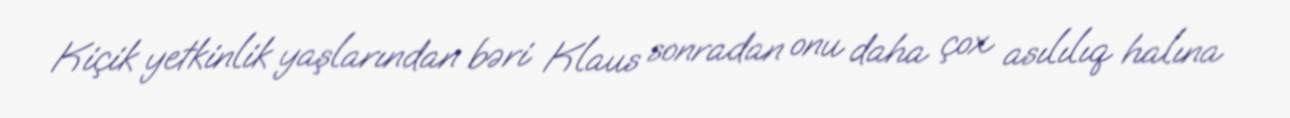
Kiçik yetkinlik yaşlarından bəri Klaus sonradan onu daha çox asılılıq halına